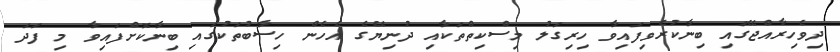
ދިވެހިރާއްޖޭގައި ބިނާކުރެވިފައިވާ ހިރިގަލު މިސްކިތްތަކާއި ދުނިޔޭގެ އެހެން ހިސާބުތަކުގައި ބިނާކޮށްފައިވާ މި ފަދަ